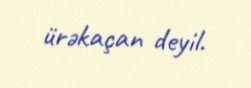
ürəkaçan deyil.